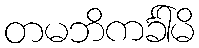
တမဘိကင်္ခါမိ